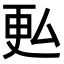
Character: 𫨨